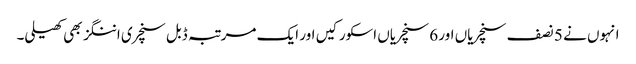
انہوں نے 5 نصف سنچریاں اور 6 سنچریاں اسکور کیں اور ایک مرتبہ ڈبل سنچری اننگز بھی کھیلی۔